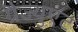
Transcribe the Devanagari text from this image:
ग्रैज्युएट